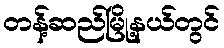
တန့်ဆည်မြို့နယ်တွင်